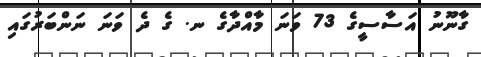
ގާނޫނު އަސާސީގެ 73 ވަނަ މާއްދާގެ ނ. ގެ ދެ ވަނަ ނަންބަރުގައި